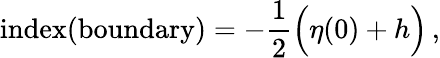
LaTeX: \mathrm{index(boundary)}=-\frac{1}{2}\Big(\eta(0)+h\Big)\, ,